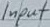
Text: Input